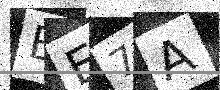
Text: BE7A